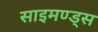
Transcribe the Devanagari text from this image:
साइमण्ड्स